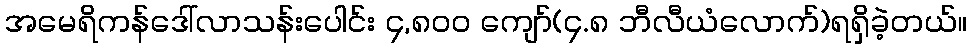
အမေရိကန်ဒေါ်လာသန်းပေါင်း ၄,၈၀၀ ကျော်(၄.၈ ဘီလီယံလောက်)ရရှိခဲ့တယ်။